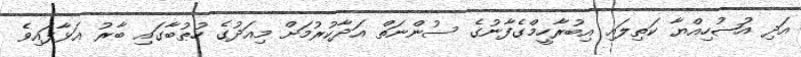
އަދި އުޟުހިއްޔާ ކަތިލައި އިބުރާހީމްގެފާނުގެ ސުންނަތް އަދާކުރުމަށް މިއަދުގެ ހުޠުބާގައި ބާރު އަޅާފައިވެ